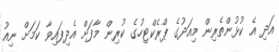
އަދި އެ ކުޅުންތެރިން މިއަދުގެ ޕްރެކްޓިހުގެ ކުރިން މާފަށް އެދިފައިވާ ކަމަށް ނިއު